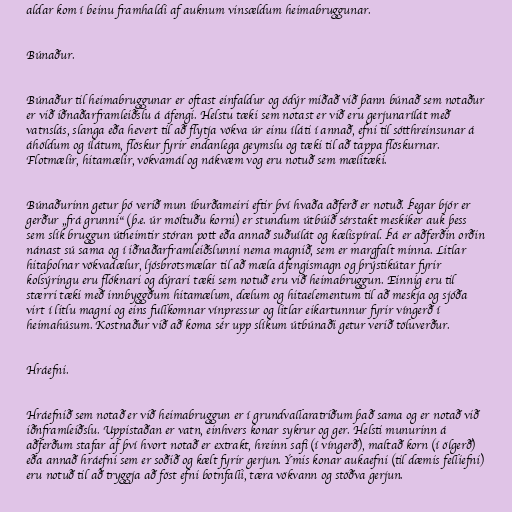
aldar kom í beinu framhaldi af auknum vinsældum heimabruggunar.

Búnaður.

Búnaður til heimabruggunar er oftast einfaldur og ódýr miðað við þann búnað sem notaður
er við iðnaðarframleiðslu á áfengi. Helstu tæki sem notast er við eru gerjunarílát með
vatnslás, slanga eða hevert til að flytja vökva úr einu íláti í annað, efni til sótthreinsunar á
áhöldum og ílátum, flöskur fyrir endanlega geymslu og tæki til að tappa flöskurnar.
Flotmælir, hitamælir, vökvamál og nákvæm vog eru notuð sem mælitæki.

Búnaðurinn getur þó verið mun íburðameiri eftir því hvaða aðferð er notuð. Þegar bjór er
gerður „frá grunni“ (þ.e. úr möltuðu korni) er stundum útbúið sérstakt meskiker auk þess
sem slík bruggun útheimtir stóran pott eða annað suðuílát og kælispíral. Þá er aðferðin orðin
nánast sú sama og í iðnaðarframleiðslunni nema magnið, sem er margfalt minna. Litlar
hitaþolnar vökvadælur, ljósbrotsmælar til að mæla áfengismagn og þrýstikútar fyrir
kolsýringu eru flóknari og dýrari tæki sem notuð eru við heimabruggun. Einnig eru til
stærri tæki með innbyggðum hitamælum, dælum og hitaelementum til að meskja og sjóða
virt í litlu magni og eins fullkomnar vínpressur og litlar eikartunnur fyrir víngerð í
heimahúsum. Kostnaður við að koma sér upp slíkum útbúnaði getur verið töluverður.

Hráefni.

Hráefnið sem notað er við heimabruggun er í grundvallaratriðum það sama og er notað við
iðnframleiðslu. Uppistaðan er vatn, einhvers konar sykrur og ger. Helsti munurinn á
aðferðum stafar af því hvort notað er extrakt, hreinn safi (í víngerð), maltað korn (í ölgerð)
eða annað hráefni sem er soðið og kælt fyrir gerjun. Ýmis konar aukaefni (til dæmis felliefni)
eru notuð til að tryggja að föst efni botnfalli, tæra vökvann og stöðva gerjun.